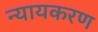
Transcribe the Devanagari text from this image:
न्यायकरण